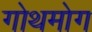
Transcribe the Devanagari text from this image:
गोथमोग